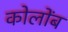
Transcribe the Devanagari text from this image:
कोलोंब